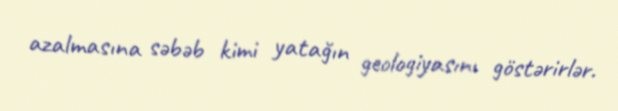
azalmasına səbəb kimi yatağın geologiyasını göstərirlər.